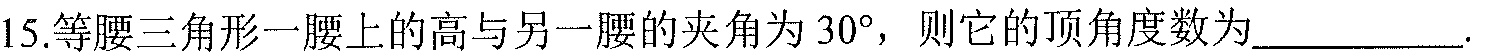
15.等腰三角形一腰上的高与另一腰的夹角为\(30^{\circ}\)，则它的顶角度数为__________.